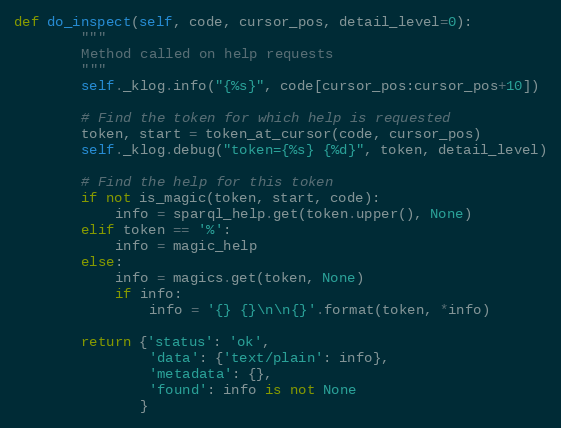
Language: Python
def do_inspect(self, code, cursor_pos, detail_level=0):
        """
        Method called on help requests
        """
        self._klog.info("{%s}", code[cursor_pos:cursor_pos+10])

        # Find the token for which help is requested
        token, start = token_at_cursor(code, cursor_pos)
        self._klog.debug("token={%s} {%d}", token, detail_level)

        # Find the help for this token
        if not is_magic(token, start, code):
            info = sparql_help.get(token.upper(), None)
        elif token == '%':
            info = magic_help
        else:
            info = magics.get(token, None)
            if info:
                info = '{} {}\n\n{}'.format(token, *info)

        return {'status': 'ok',
                'data': {'text/plain': info},
                'metadata': {},
                'found': info is not None
               }